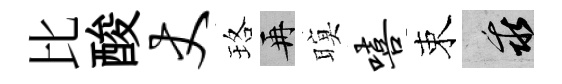
比酸丈珞再暝嘻束乖